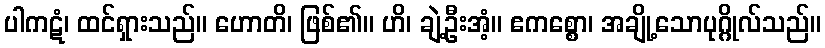
ပါကဋံ၊ ထင်ရှားသည်။ ဟောတိ၊ ဖြစ်၏။ ဟိ၊ ချဲ့ဦးအံ့။ ဧကစ္စော၊ အချို့သောပုဂ္ဂိုလ်သည်။